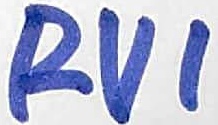
Text: RV1